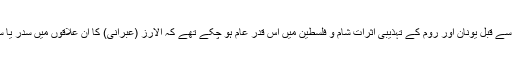
جیسا کہ اس سے پہلے عرض کیا جا چکا ہے کہ اسلام سے قبل یونان اور روم کے تہذیبی اثرات شام و فلسطین میں اس قدر عام ہو چکے تھے کہ الارز (عبرانی) کا ان علاقوں میں سدر یا سدرس کے نام سے موسوم ہو جانا تعجب کا امر نہ تھا ۔